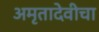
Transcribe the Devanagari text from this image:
अमृतादेवीचा